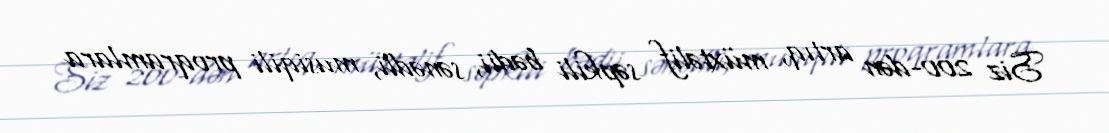
Siz 200-dən artıq, müxtəlif səpkili bədii, sənədli, musiqili proqramlara